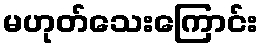
မဟုတ်သေးကြောင်း